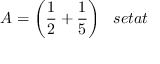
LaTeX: A = { \bigg ( } { \frac { 1 } { 2 } } + { \frac { 1 } { 5 } } { \bigg ) } \; \; \; s e t a t